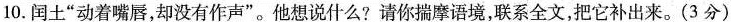
10.闰土”动着嘴唇，却没有作声”。他想说什么?请你揣摩语境，联系全文，把它补出来。(3分)